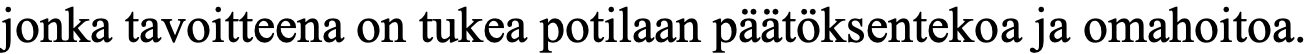
jonka tavoitteena on tukea potilaan päätöksentekoa ja omahoitoa.